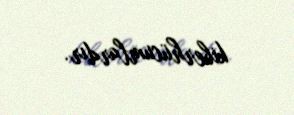
kiberhücumlardır.